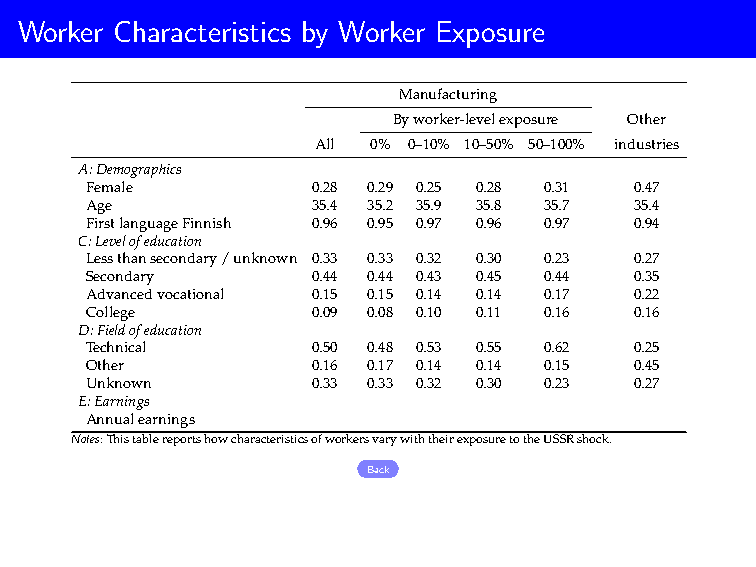
Worker Characteristics by Worker Exposure
 TableA.3:WorkerCharacteristicsbyWorker-LevelExposuretoUSSRShock,1989
 Manufacturing
 Byworker-levelexposure Other
 All 0% 0–10% 10–50% 50–100% industries
 A:Demographics
 Female         0.28 0.29 0.25 0.28 0.31 0.47
 Age            35.4 35.2 35.9 35.8 35.7 35.4
 FirstlanguageFinnish 0.96 0.95 0.97 0.96 0.97 0.94
 C:Levelofeducation
 Lessthansecondary/unknown 0.33 0.33 0.32 0.30 0.23 0.27
 Secondary      0.44 0.44 0.43 0.45 0.44 0.35
 Advancedvocational 0.15 0.15 0.14 0.14 0.17 0.22
 College        0.09 0.08 0.10 0.11 0.16 0.16
 D:Fieldofeducation
 Technical      0.50 0.48 0.53 0.55 0.62 0.25
 Other          0.16 0.17 0.14 0.14 0.15 0.45
 Unknown        0.33 0.33 0.32 0.30 0.23 0.27
 E:Earnings
 Annualearnings
 Notes:ThistablereportshowcharacteristicsofworkersvarywiththeirexposuretotheUSSRshock.
 Back
 A.3 SensitivityAnalysis:EarningsRegression(2)
 Wepresentoursensitivityanalysisforourbaselineearningsregression(2)inFigures
 below.Forvisualclarity,infiguresfeaturingmultiplesensitivityresultswedonotinclude
 confidenceintervals. Pointestimatesandstandarderrorsassociatedwiththesefigures
 (andourbaselineresultsfromFigure5)arereportedinTableA.4.
 36